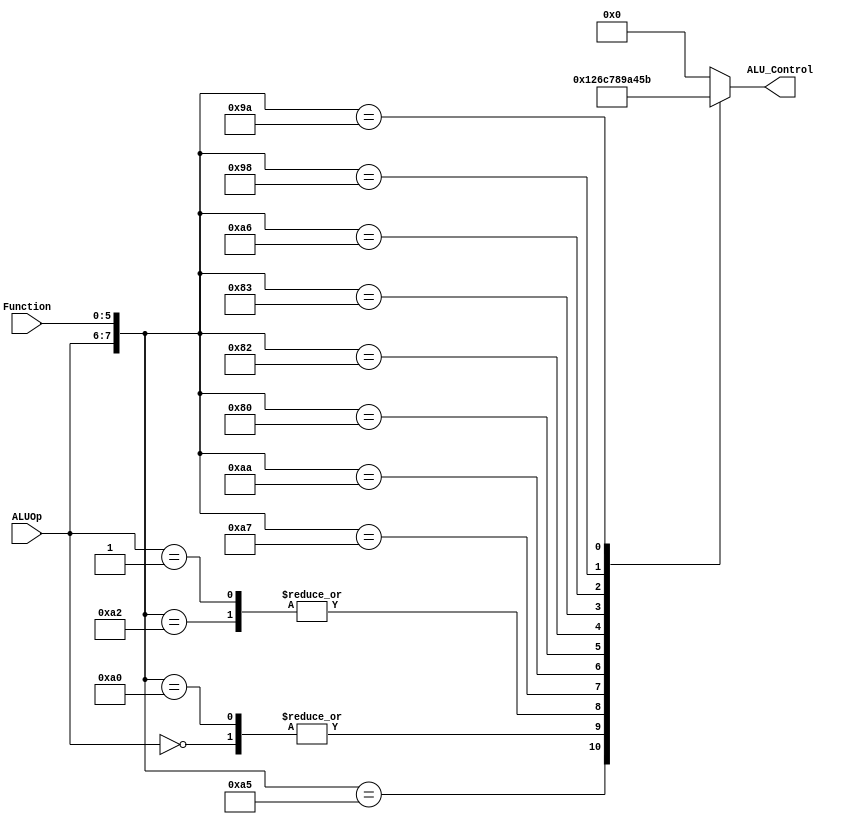
`timescale 1ns / 1ps


module ALUControl(
    input [1:0] ALUOp, 
    input [5:0] Function,
    output reg[3:0] ALU_Control);  

wire [7:0] ALUControlIn;  
 assign ALUControlIn = {ALUOp,Function};  
 always @(ALUControlIn)  
 casex (ALUControlIn)  
  8'b10100100: ALU_Control=4'b0000; //and
  8'b11xxxxxx: ALU_Control=4'b0000; //andi 
  8'b10100101: ALU_Control=4'b0001; //or  
  8'b00xxxxxx: ALU_Control=4'b0010; //addi, sw, lw
  8'b10100000: ALU_Control=4'b0010; //add
  8'b10100010: ALU_Control=4'b0110; //sub
  
  // Complete the casex from your code in Lab2
  8'b01xxxxxx: ALU_Control=4'b0110; //beq
  8'b10100111: ALU_Control=4'b1100; //nor
  8'b10101010: ALU_Control=4'b0111; //slt
  8'b10000000: ALU_Control=4'b1000; //sll
  8'b10000010: ALU_Control=4'b1001; //srl
  8'b10000011: ALU_Control=4'b1010; //sra
  8'b10100110: ALU_Control=4'b0100; //xor 
  8'b10011000: ALU_Control=4'b0101; //sub 
  8'b10011010: ALU_Control=4'b1011; //sub

  default: ALU_Control=4'b0000;  
  endcase  
 endmodule